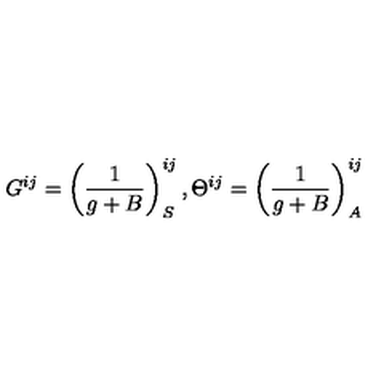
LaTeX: G ^ { i j } = \left( { \frac { 1 } { g + B } } \right) _ { S } ^ { i j } , \Theta ^ { i j } = \left( { \frac { 1 } { g + B } } \right) _ { A } ^ { i j }